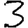
Digit: 3